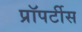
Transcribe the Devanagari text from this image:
प्रॉपर्टीस